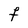
Character: f